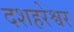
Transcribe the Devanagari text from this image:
दशहरेश्वर